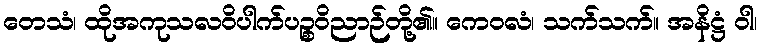
တေသံ၊ ထိုအကုသလဝိပါက်ပဉ္စဝိညာဉ်တို့၏။ ကေဝလံ၊ သက်သက်။ အနိဋ္ဌံ ဝါ၊